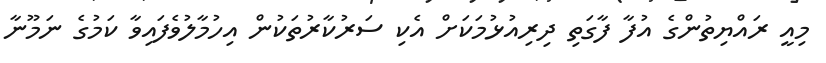
މިއީ ރައްޔިތުންގެ އުފާ ފާގަތި ދިރިއުޅުމަކަށް އެކި ސަރުކާރުތަކުން އިހުމާލުވެފައިވާ ކަމުގެ ނަމޫނާ